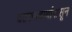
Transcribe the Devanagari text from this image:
घटकपदार्थांपासून